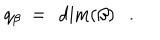
LaTeX: q _ { \beta } \ = \ \dim ( \beta ) \ \ \ .